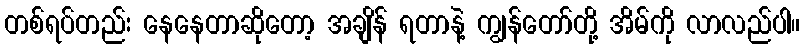
တစ်ရပ်တည်း နေနေတာဆိုတော့ အချိန် ရတာနဲ့ ကျွန်တော်တို့ အိမ်ကို လာလည်ပါ။